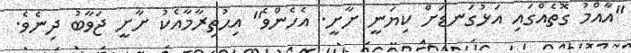
"އާއްމު ގޮތެއްގައި އަޅުގަނޑަށް ކިޔަނީ ށާށީ. އެހެންވެ" އިޙުތިރާމާއެކު ށާށީ ޖަވާބު ދިނެވެ.